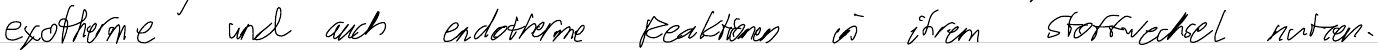
exotherme und auch endotherme Reaktionen in ihrem Stoffwechsel nutzen.